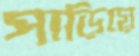
পাড়িয়ে